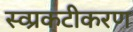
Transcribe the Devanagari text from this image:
स्व्प्रकटीकरण